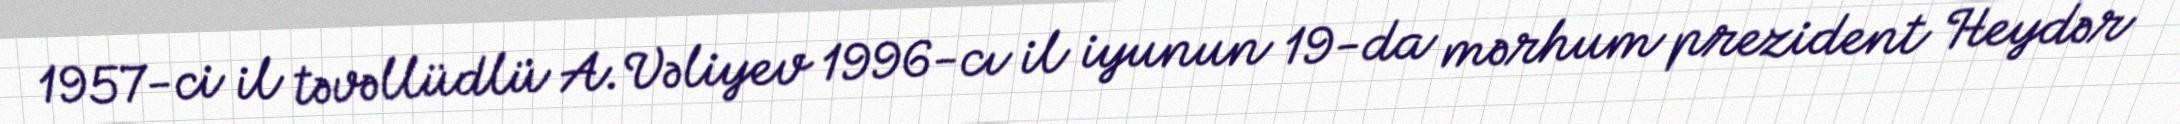
1957-ci il təvəllüdlü A.Vəliyev 1996-cı il iyunun 19-da mərhum prezident Heydər